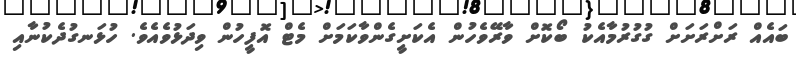
ބައެއް ރަށްރަށަށް ގުގުރުމާއެކު ބޯކޮށް ވާރޭވެހުން އެކަށީގެންވާކަމަށް މެޓް އޮފީހުން ވިދަޅުވެއެވެ. ހުޅަނގުދެކުނާއި